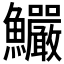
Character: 𩽴